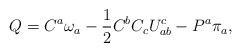
LaTeX: \begin{align*}Q = C^a\omega_a - {1\over 2}C^bC_cU^c_{ab} - P^a\pi_a,\end{align*}